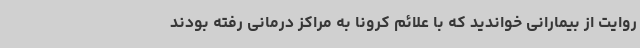
روایت از بیمارانی خواندید که با علائم کرونا به مراکز درمانی رفته بودند